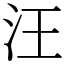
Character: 汪